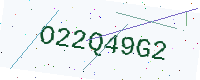
Text: O22Q49G2